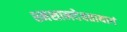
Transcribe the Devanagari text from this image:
श्मशानदेवतायागं